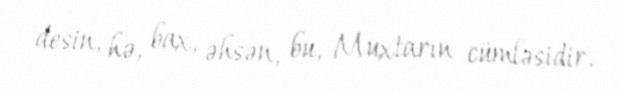
desin, hə, bax, əhsən, bu, Muxtarın cümləsidir.